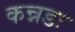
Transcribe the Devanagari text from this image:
कन्नडः